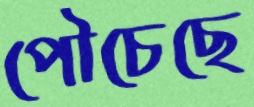
পৌচেছে